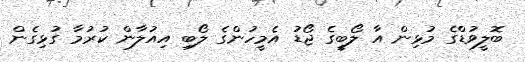
ބޮލީވުޑްގެ މުޅިން އާ ލޯބީގެ ޖޯޑު އެމީހުންގެ ލޯބި އިއުލާން ކުރުމާ ގުޅިގެން